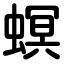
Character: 螟